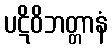
ပဋိဝိဘတ္တာနံ